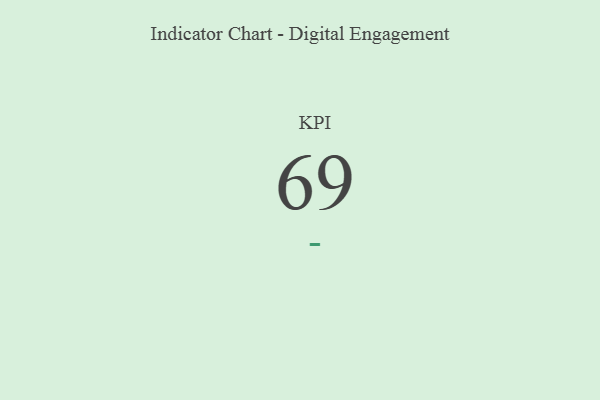
{"axis": {"x": "KPI", "y": "Value"}, "legend": [""], "data": [{"x": "KPI", "y": 69, "type": ""}]}